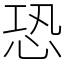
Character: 恐